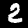
Label: 2